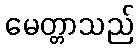
မေတ္တာသည်